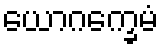
ယောဂက္ခေမံ